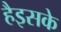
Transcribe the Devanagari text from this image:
हैइसके